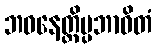
ဘဝနေတ္တိပ္ပဘာဝိတံ